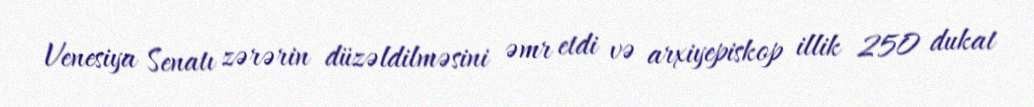
Venesiya Senatı zərərin düzəldilməsini əmr etdi və arxiyepiskop illik 250 dukat